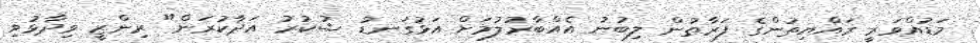
މަޑުއްވަރީ ރައްޔިތުންގެ ފަރާތުން ލިބުނު އެއްބާރުލުމަށް އަޅުގަނޑު ޝުކުރު އަދާކުރަން" ރިންޒީ ވިދާޅުވި